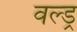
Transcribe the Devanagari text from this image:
वल्ड्र